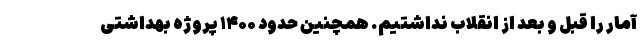
آمار را قبل و بعد از انقلاب نداشتیم. همچنین حدود ۱۴۰۰ پروژه بهداشتی